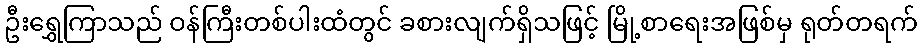
ဦးရွှေကြာသည် ဝန်ကြီးတစ်ပါးထံတွင် ခစားလျက်ရှိသဖြင့် မြို့စာရေးအဖြစ်မှ ရုတ်တရက်